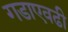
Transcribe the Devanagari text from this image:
गडाएवढी